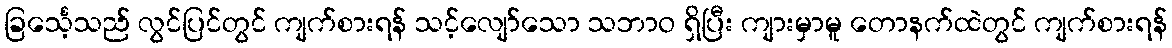
ခြင်္သေ့သည် လွင်ပြင်တွင် ကျက်စားရန် သင့်လျော်သော သဘာဝ ရှိပြီး ကျားမှာမူ တောနက်ထဲတွင် ကျက်စားရန်